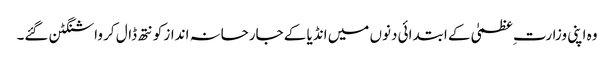
وہ اپنی وزارت ِعظمیٰ کے ابتدائی دنوں میں انڈیا کے جارحانہ انداز کو نتھ ڈال کر واشنگٹن گئے۔